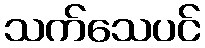
သက်သေပင်